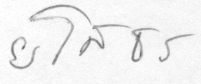
ยโสธร